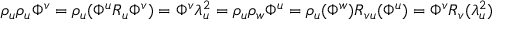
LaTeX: \rho _ { u } \rho _ { u } \Phi ^ { v } = \rho _ { u } ( \Phi ^ { u } R _ { u } \Phi ^ { v } ) = \Phi ^ { v } \lambda _ { u } ^ { 2 } = \rho _ { u } \rho _ { w } \Phi ^ { u } = \rho _ { u } ( \Phi ^ { w } ) R _ { v u } ( \Phi ^ { u } ) = \Phi ^ { v } R _ { v } ( \lambda _ { u } ^ { 2 } )